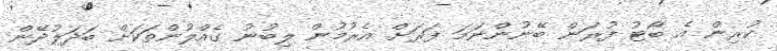
ކުރިން އެ ބޯޓު ފުރަން ބޭނުންނަމަ ފަރަަށް އެރުމުން ލިބުނު ގެއްލުންތަކަށް ބަދަލުދޭން